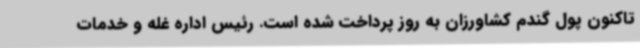
تاکنون پول گندم کشاورزان به روز پرداخت شده است. رئیس اداره غله و خدمات